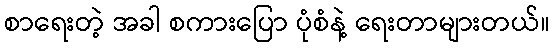
စာရေးတဲ့ အခါ စကားပြော ပုံစံနဲ့ ရေးတာများတယ်။